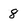
Character: 8